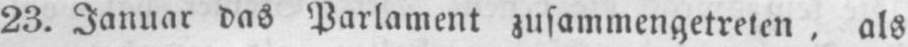
23. Januar das Parlament zusammengetreten‚ als